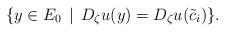
LaTeX: \begin{align*}\{y\in E_{0}\,\mid\, D_{\zeta}u(y)=D_{\zeta}u(\tilde{c}_{i})\}.\end{align*}